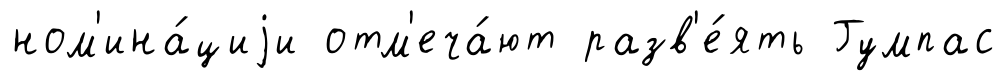
ном'ина́циjи отм'еча́ют разв'е́ять Гумпас